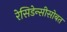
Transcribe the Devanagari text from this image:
रेसिडेन्सीसोबत